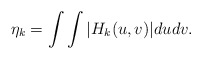
\begin{align*}\eta_{k}=\int\int|H_{k}(u,v)|dudv. \end{align*}